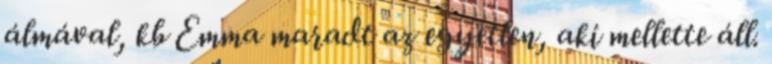
álmával, kb Emma maradt az egyetlen, aki mellette áll.